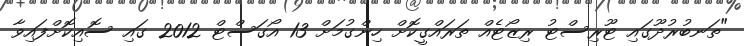
"ތަނބުރުދޫގައި ޓޫރިސްޓު ރިޒޯޓެއް ތަރައްގީކޮށް ހިންގުމަށް 13 އޯގަސްޓް 2012 ގައި ސޮއިކޮށްފައިވާ